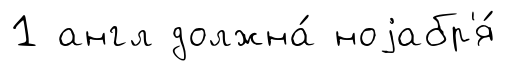
1 англ должна́ ноjабр'я́